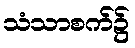
သံသာစက်၌